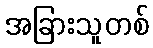
အခြားသူတစ်